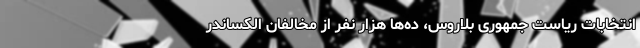
انتخابات ریاست جمهوری بلاروس، ده‌ها هزار نفر از مخالفان الکساندر